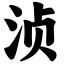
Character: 浈